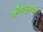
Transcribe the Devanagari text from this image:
क्रोधमुखश्च